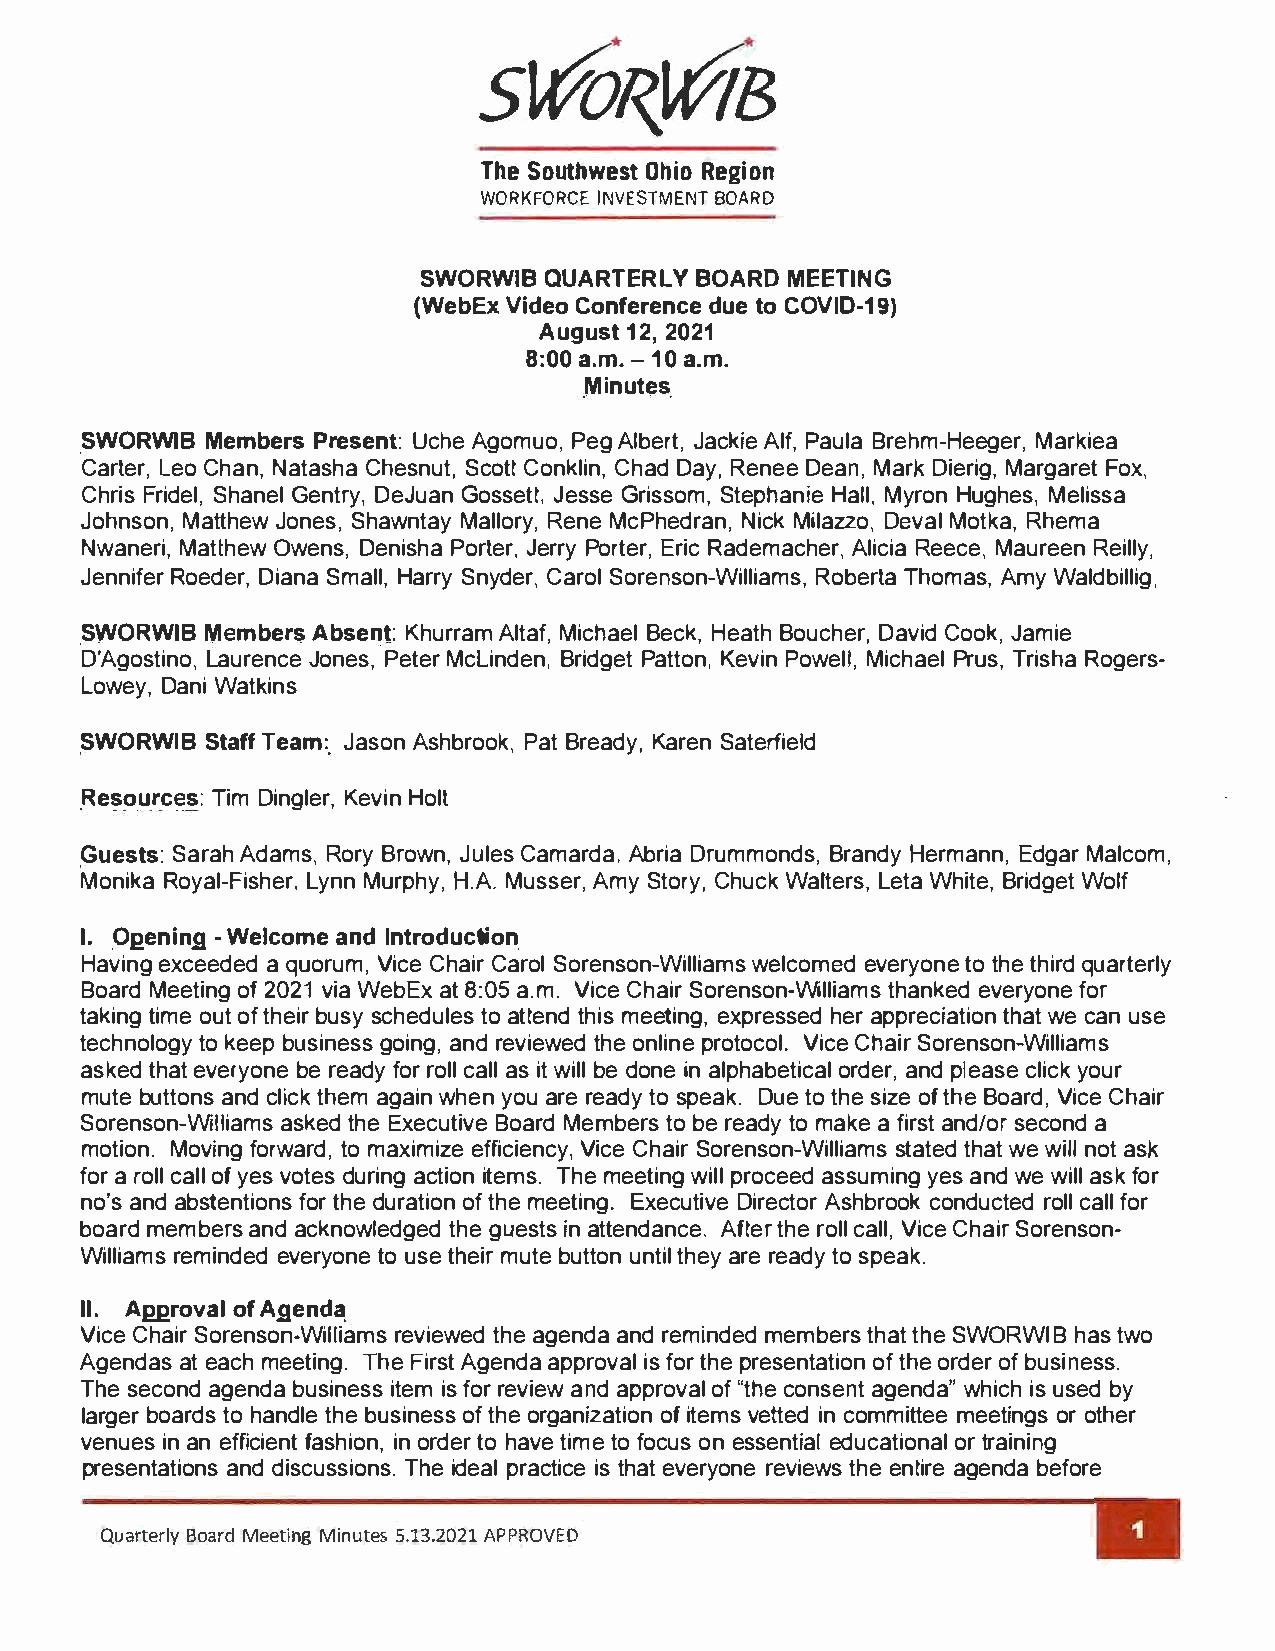
ThSeo uthOwheiRsoet g ion
 WORKFORCE INVESTMENT BOARD
 SWORWIB QUARTERLY BOARD MEETING
 (WebEx Video Conference due to COVIO-19)
 August 12,  2021
 8:0a0. m-.1 a0. m.
 Minutes
 SWORWIB  Members Present: Uche Agomuo, Peg Albert, Jackie Alf, Paula Brehm-Heeger, Markiea
 Carter, Leo Chan, Natasha Chesnut, Scott Conklin, Chad Day, Renee Dean, Mark Dierig, Margaret Fox,
 Chris Fridel, Shanel Gentry, DeJuan Gossett, Jesse Grissom, Stephanie Hall, Myron Hughes, Melissa
 Johnson, Matthew Jones, Shawntay Mallory, Rene McPhedran, Nick Milazzo, Deval Motka, Rhem a
 Nwaneri, Matthew Owens, Denisha Porter, Jerry Porter, Eric Rademacher, Alicia Reece, Maureen Reilly,
 Jennifer Roeder, Diana Small, Harry Snyder, Carol Sorenson-Williams, Roberta Thomas, Amy Waldbillig,
 SWORWIB  Members Absent: Khurram Altaf, Michael Beck, Heath Boucher, David Cook, Jamie
 D'Agostino, Laurence Jones, Peter Mclinden, Bridget Patton, Kevin Powell, Michael Prus, Trisha Rogers­
 Lowey, Dani Watkins
 SWORWIB  Staff Team: Jason Ashbrook, Pat Bready, Karen Saterfield
 Resources: Tim Dingler, Kevin Holt
 Guests: Sarah Adams, Rory Brown, Jules Camarda, Abria Drummonds, Brandy Hermann, Edgar Malcom,
 Monika Royal-Fisher. Lynn Murphy, H.A. Musser, Amy Story, Chuck Walters, Leta White, Bridget Wolf
 I. Opening -Welcome and Introduction
 Having exceeded a quorum, Vice Chair Carol Sorenson-Williams welcomed everyone to the third quarterly
 Board Meeting of 2021 via WebEx at 8:05 a.m. Vice Chair Sorenson-Williams thanked everyone for
 taking time out of their busy schedules to attend this meeting, expressed her appreciation that we can use
 technology to keep business going, and reviewed the online protocol. Vice Chair Sorenson-Williams
 asked that everyone be ready for roll call as it will be done in alphabetical order, and please click your
 mute buttons and click them again when you are ready to speak. Due to the size of the Board, Vice Chair
 Sorenson-Williams asked the Executive Board Members to be ready to make a first and/or second a
 motion. Moving forward, to maximize efficiency, Vice Chair Sorenson-Williams stated that we will not ask
 for a roll call of yes votes during action items. The meeting will proceed assuming yes and we will ask for
 no's and abstentions for the duration of the meeting. Executive Director Ashbrook conducted roll call for
 board members and acknowledged the guests in attendance. After the roll call, Vice Chair Sorenson­
 Williams reminded everyone to use their mute button until they are ready to speak.
 II. Approval of Agenda
 Vice Chair Sorenson-Williams reviewed the agenda and reminded members that the SWORWIB has two
 Agendas at each meeting. The First Agenda approval is for the presentation of the order of business.
 The second agenda business item is for review and approval of "the consent agenda" which is used by
 larger boards to handle the business of the organization of items vetted in committee meetings or other
 venues in an efficient fashion, in order to have time to focus on essential educational or training
 presentations and discussions. The ideal practice is that everyone reviews the entire agenda before
 Quarterly Board Meeting Minutes 5.13.2021 APPROVED